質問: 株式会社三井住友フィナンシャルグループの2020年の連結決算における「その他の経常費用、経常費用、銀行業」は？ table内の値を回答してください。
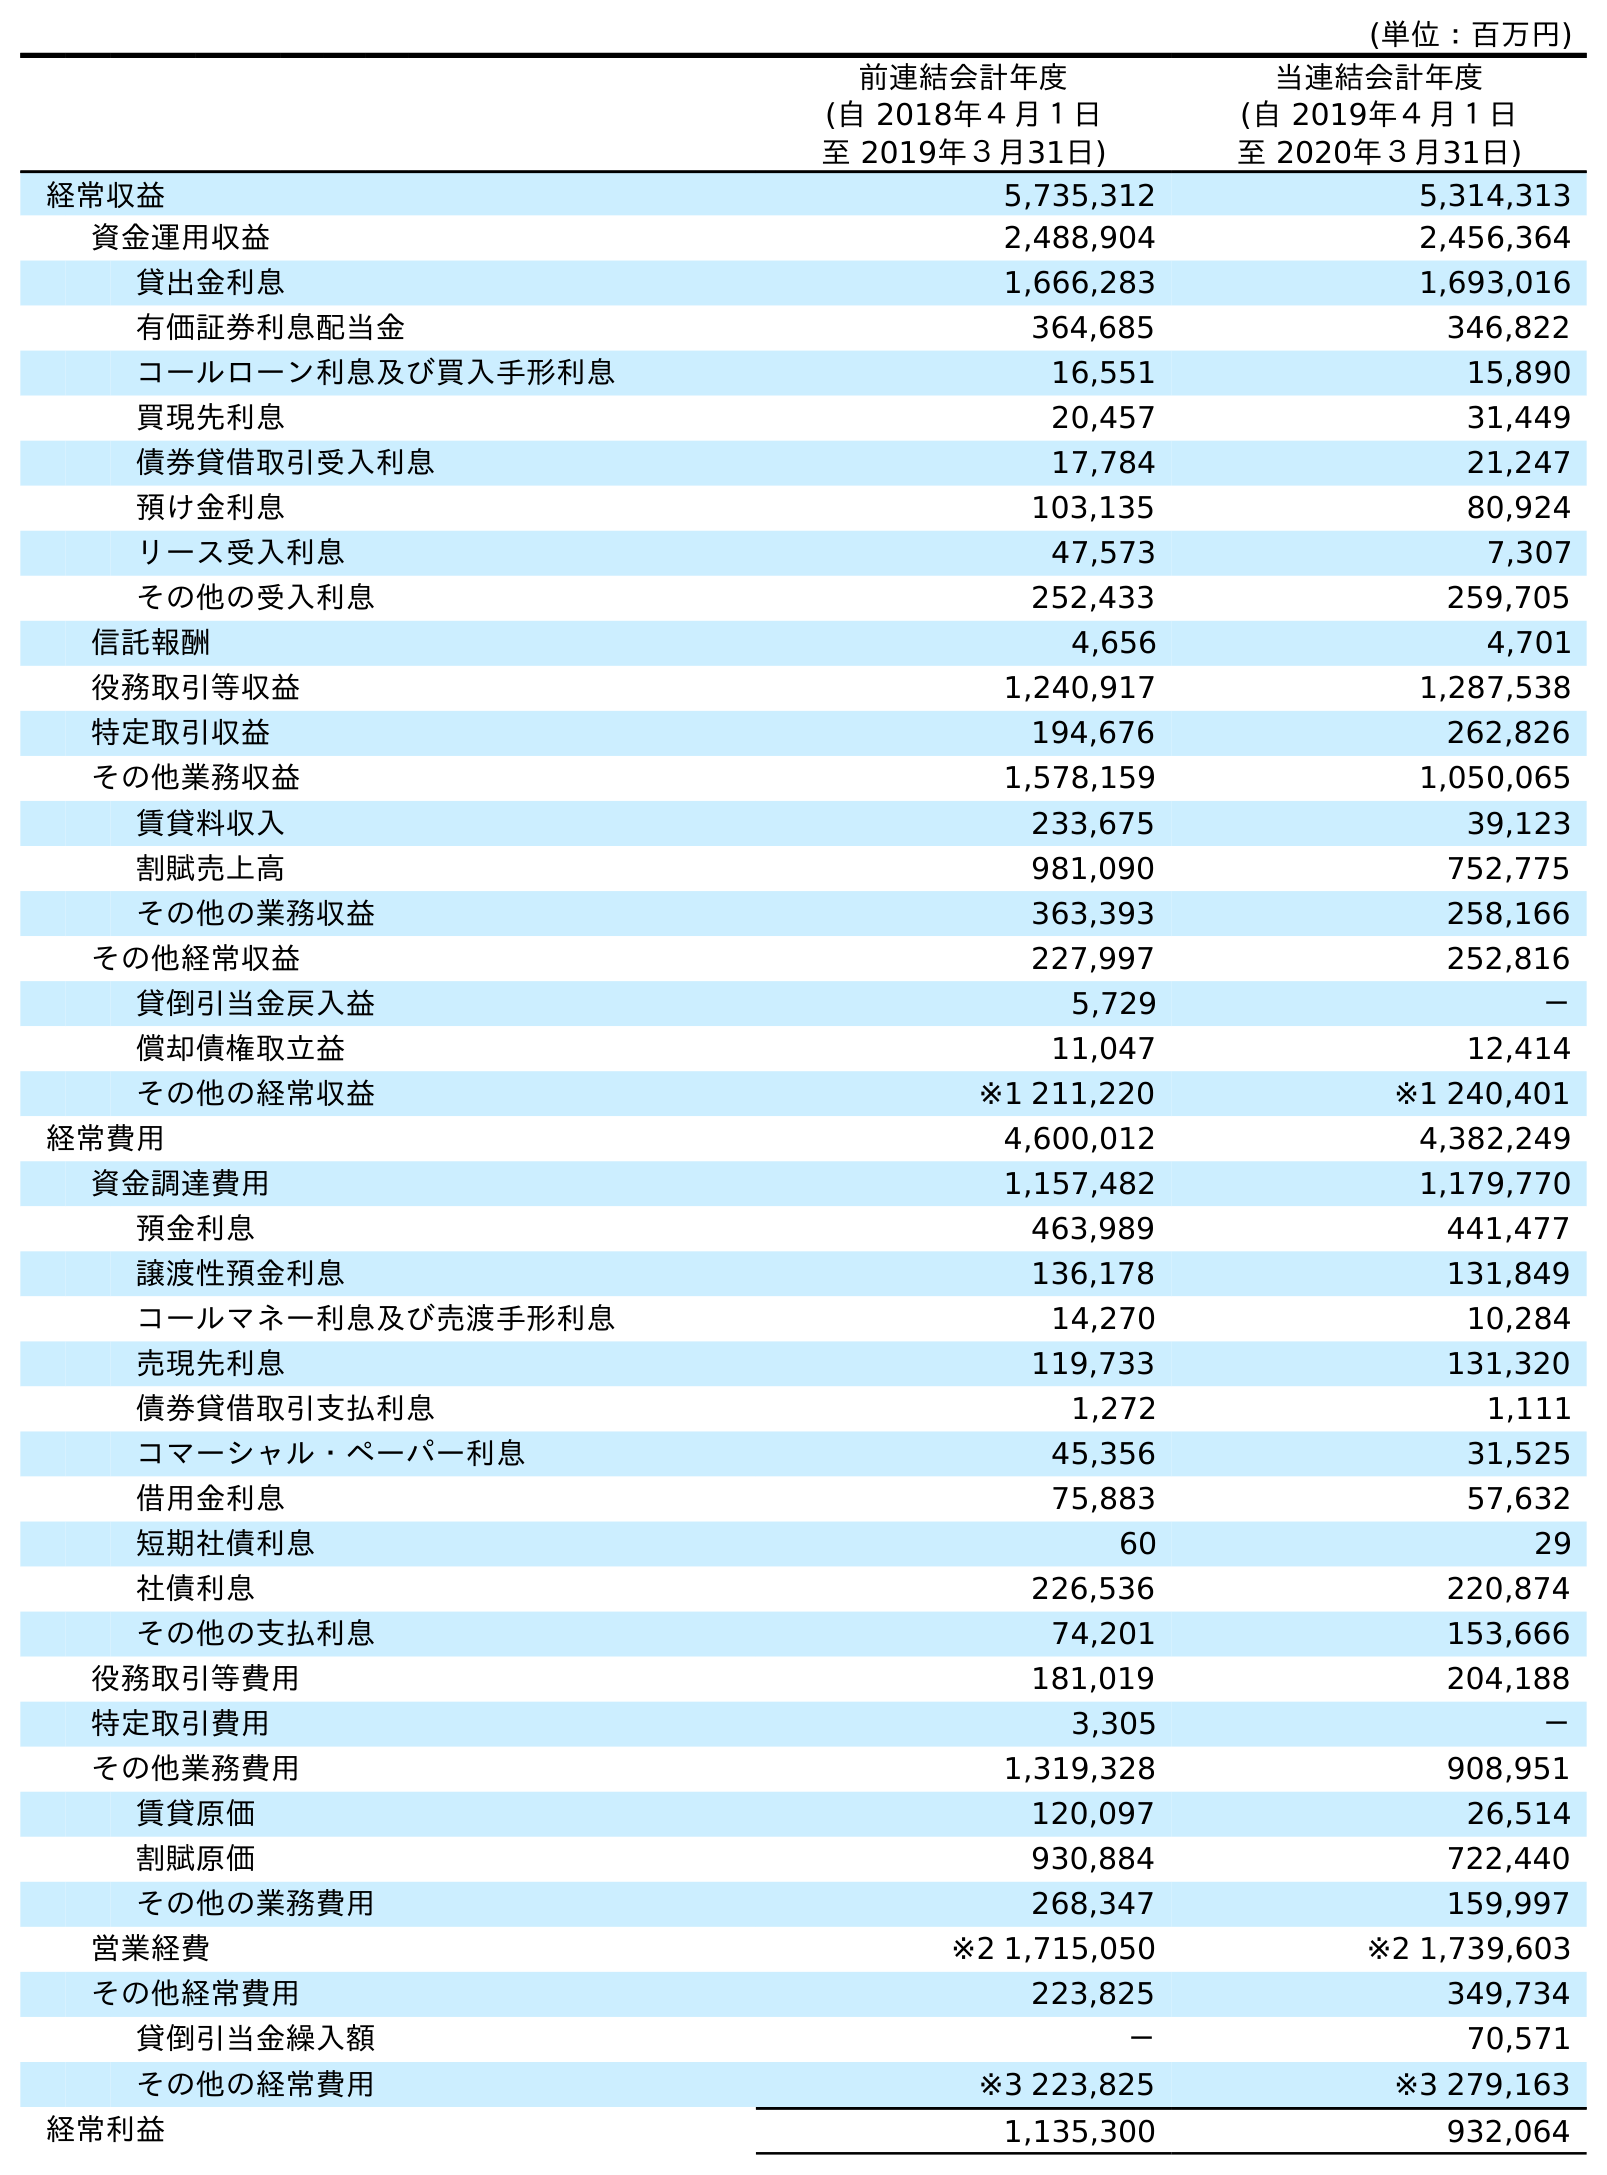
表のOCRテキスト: (単位：百万円) 前連結会計年度 (自 2018年４月１日 至 2019年３月31日) 当連結会計年度 (自 2019年４月１日 至 2020年３月31日) 経常収益 5,735,312 5,314,313 資金運用収益 2,488,904 2,456,364 貸出金利息 1,666,283 1,693,016 有価証券利息配当金 364,685 346,822 コールローン利息及び買入手形利息 16,551 15,890 買現先利息 20,457 31,449 債券貸借取引受入利息 17,784 21,247 預け金利息 103,135 80,924 リース受入利息 47,573 7,307 その他の受入利息 252,433 259,705 信託報酬 4,656 4,701 役務取引等収益 1,240,917 1,287,538 特定取引収益 194,676 262,826 その他業務収益 1,578,159 1,050,065 賃貸料収入 233,675 39,123 割賦売上高 981,090 752,775 その他の業務収益 363,393 258,166 その他経常収益 227,997 252,816 貸倒引当金戻入益 5,729 － 償却債権取立益 11,047 12,414 その他の経常収益 ※1 211,220 ※1 240,401 経常費用 4,600,012 4,382,249 資金調達費用 1,157,482 1,179,770 預金利息 463,989 441,477 譲渡性預金利息 136,178 131,849 コールマネー利息及び売渡手形利息 14,270 10,284 売現先利息 119,733 131,320 債券貸借取引支払利息 1,272 1,111 コマーシャル・ペーパー利息 45,356 31,525 借用金利息 75,883 57,632 短期社債利息 60 29 社債利息 226,536 220,874 その他の支払利息 74,201 153,666 役務取引等費用 181,019 204,188 特定取引費用 3,305 － その他業務費用 1,319,328 908,951 賃貸原価 120,097 26,514 割賦原価 930,884 722,440 その他の業務費用 268,347 159,997 営業経費 ※2 1,715,050 ※2 1,739,603 その他経常費用 223,825 349,734 貸倒引当金繰入額 － 70,571 その他の経常費用 ※3 223,825 ※3 279,163 経常利益 1,135,300 932,064
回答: ※3279,163